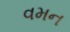
વમન